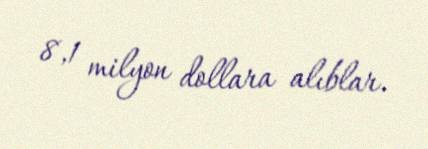
8,1 milyon dollara alıblar.